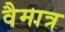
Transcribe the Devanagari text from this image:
वैमात्र